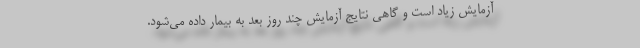
آزمایش زیاد است و گاهی نتایج آزمایش چند روز بعد به بیمار داده می‌شود.